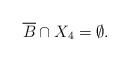
\begin{align*}\overline B\cap X_4=\emptyset.\end{align*}